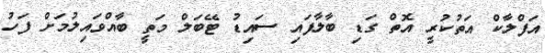
އަފްލާކް އަތުކުރީ އޮތް ގަޑި ބާލާފައި ސައިޑު ޓޭބަލް މަތީ ބާއްވައިލުމަށް ފަހު